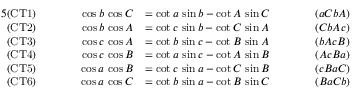
{ \begin{array} { r l r l r l } { { 5 } { \mathrm { ( C T 1 ) } } } & { } & { \qquad \cos b \, \cos C } & { = \cot a \, \sin b - \cot A \, \sin C \qquad } & & { ( a C b A ) } \\ { { \mathrm { ( C T 2 ) } } } & { } & { \cos b \, \cos A } & { = \cot c \, \sin b - \cot C \, \sin A } & & { ( C b A c ) } \\ { { \mathrm { ( C T 3 ) } } } & { } & { \cos c \, \cos A } & { = \cot b \, \sin c - \cot B \, \sin A } & & { ( b A c B ) } \\ { { \mathrm { ( C T 4 ) } } } & { } & { \cos c \, \cos B } & { = \cot a \, \sin c - \cot A \, \sin B } & & { ( A c B a ) } \\ { { \mathrm { ( C T 5 ) } } } & { } & { \cos a \, \cos B } & { = \cot c \, \sin a - \cot C \, \sin B } & & { ( c B a C ) } \\ { { \mathrm { ( C T 6 ) } } } & { } & { \cos a \, \cos C } & { = \cot b \, \sin a - \cot B \, \sin C } & & { ( B a C b ) } \end{array} }